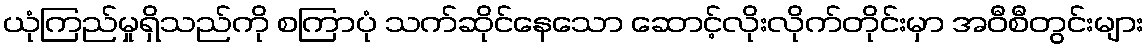
ယုံကြည်မှုရှိသည်ကို စကြာပုံ သက်ဆိုင်နေသော ဆောင့်လိုးလိုက်တိုင်းမှာ အဝီစီတွင်းများ